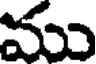
ము